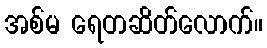
အစ်မ ရေတဆိတ်လောက်။